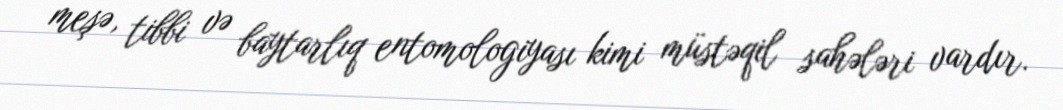
meşə, tibbi və baytarlıq entomologiyası kimi müstəqil sahələri vardır.